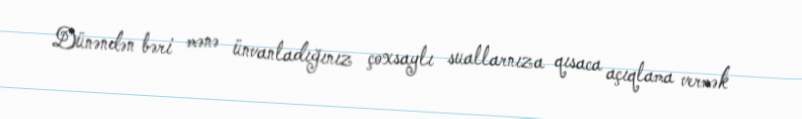
Dünəndən bəri mənə ünvanladığınız çoxsaylı suallarnıza qısaca açıqlama vermək